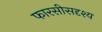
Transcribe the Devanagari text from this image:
फारसीसदृश्य